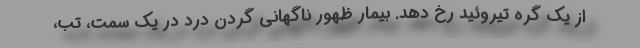
از یک گره تیروئید رخ دهد. بیمار ظهور ناگهانی گردن درد در یک سمت، تب،